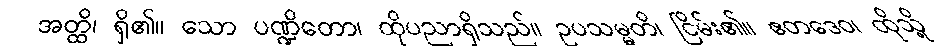
အတ္ထိ၊ ရှိ၏။ သော ပဏ္ဍိတော၊ ထိုပညာရှိသည်။ ဥပသမ္မတိ၊ ငြိမ်း၏။ ဧတဒေဝ၊ ထိုသို့